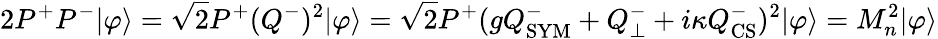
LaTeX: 2P^{+}P^{-}|\varphi\rangle=\sqrt{2}P^{+}(Q^{-})^{2}|\varphi\rangle=\sqrt{2}P^{+}(gQ_{\mathrm{SYM}}^{-}+Q_{\perp}^{-}+i\kappa Q_{\mathrm{CS}}^{-})^{2}|\varphi\rangle=M_{n}^{2}|\varphi\rangle